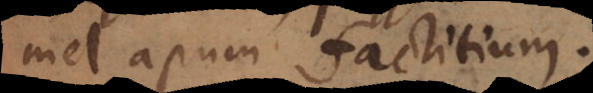
mel apum factitium.